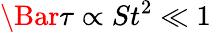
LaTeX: \Bar{\tau}\propto St^{2}\ll 1